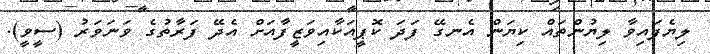
ލިޔެފައިވާ ލިޔުންތައް ކިޔަން އެނގޭ ފަދަ ކޮޕީއަކާއިވަޒީފާއަށް އެދޭ ފަރާތުގެ ވަނަވަރު (ސީވީ).